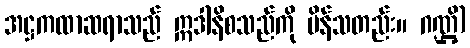
အဋ္ဌကထာဆရာသည် ဣဒါနိစသည်ကို မိန်သတည်း။ ဂဏ္ဌိ)